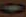
0